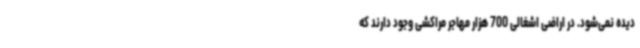
دیده نمی‌شود. در اراضی اشغالی 700 هزار مهاجر مراکشی وجود دارند که